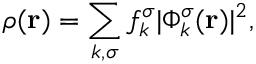
{ \boldsymbol \rho } ( { \bf r } ) = \sum _ { k , \sigma } f _ { k } ^ { \sigma } \vert \Phi _ { k } ^ { \sigma } ( { \bf r } ) \vert ^ { 2 } ,